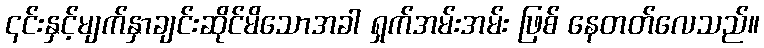
၎င်းနှင့်မျက်နှာချင်းဆိုင်မိသောအခါ ရှက်အမ်းအမ်း ဖြစ် နေတတ်လေသည်။